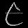
Digit: ၉